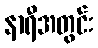
နာရီအတွင်း